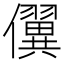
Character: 𰃇